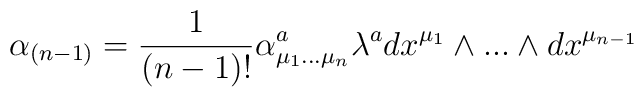
\alpha_{(n-1)}= {1 \over (n-1)!} \alpha^{a}_{\mu_{1}...\mu_{n}} \lambda^{a}dx^{\mu_{1}} \wedge...\wedge dx^{\mu_{n-1}}